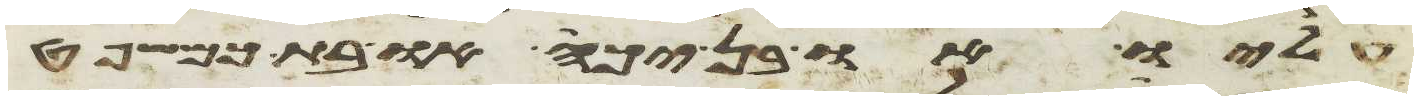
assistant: עליו או בן יכה או בת כמשפט